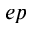
e p